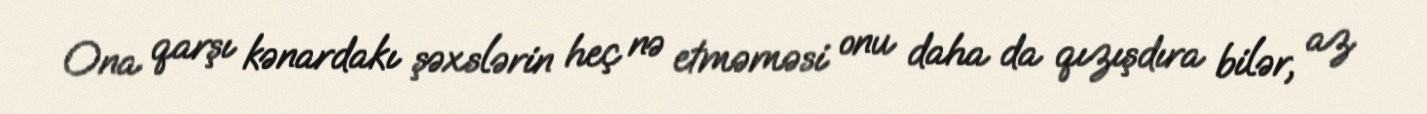
Ona qarşı kənardakı şəxslərin heç nə etməməsi onu daha da qızışdıra bilər, az